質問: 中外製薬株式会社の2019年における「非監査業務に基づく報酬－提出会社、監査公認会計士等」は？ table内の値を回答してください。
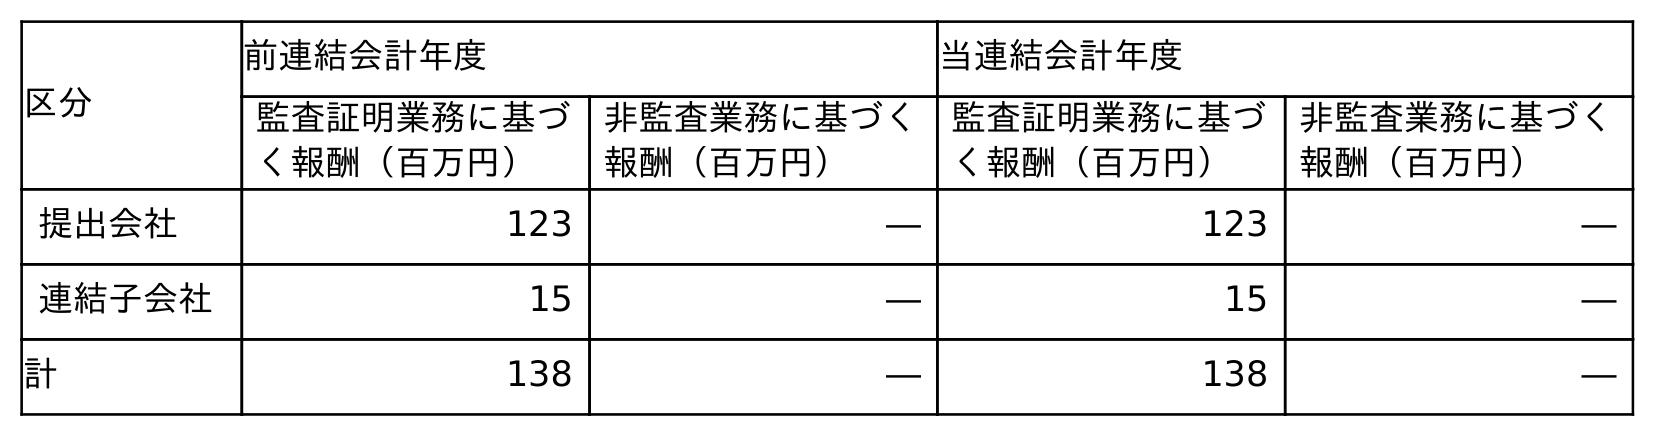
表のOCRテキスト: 区分 前連結会計年度 当連結会計年度 監査証明業務に基づ く報酬（百万円） 非監査業務に基づく 報酬（百万円） 監査証明業務に基づ く報酬（百万円） 非監査業務に基づく 報酬（百万円） 提出会社 123 ― 123 ― 連結子会社 15 ― 15 ― 計 138 ― 138 ―
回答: ―